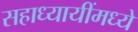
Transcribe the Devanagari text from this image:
सहाध्यायींमध्ये